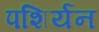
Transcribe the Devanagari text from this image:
पशिर्यन